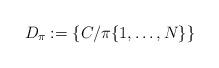
LaTeX: \begin{align*}D_\pi :=\{C/\pi\{1,\ldots, N\}\}\end{align*}